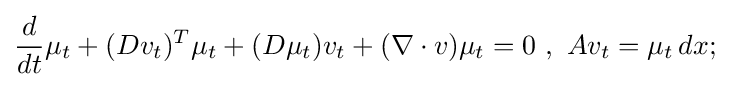
{\frac {d}{dt}}\mu _{t}+(Dv_{t})^{T}\mu _{t}+(D\mu _{t})v_{t}+(\nabla \cdot v)\mu _{t}=0\ ,\ Av_{t}=\mu _{t}\,dx;